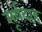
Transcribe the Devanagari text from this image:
सूर्यदाह